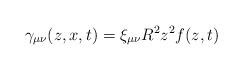
LaTeX: \begin{align*}\gamma_{\mu \nu}(z,x,t) = \xi_{\mu\nu}R^2z^2f(z,t)\end{align*}